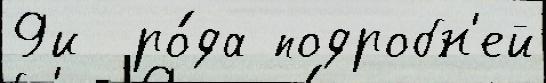
9и  ро́да подробн'ей